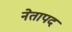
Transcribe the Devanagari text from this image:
नेतापद